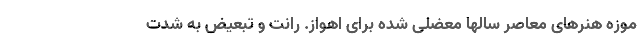
موزه هنرهای معاصر سالها معضلی شده برای اهواز. رانت و تبعیض به شدت